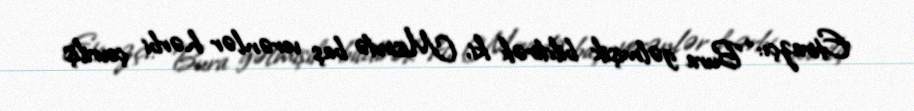
Etirazçı: “Bura gəlmişik bildirək ki, Misirdə baş verənlər hərbi çevriliş